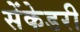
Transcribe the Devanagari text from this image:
सेंकेडरी